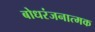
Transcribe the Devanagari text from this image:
बोधरंजनात्मक